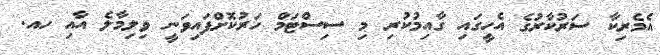
އެމެރިކާ ސަރުކާރުގެ އެހީގައި ގާއިމުކުރި މި ސިސްޓަމް ހަރުކޮށްފައިވަނީ ވިލިމާލެ އާއި ހއ.